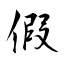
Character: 假